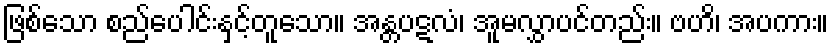
ဖြစ်သော စည်ပေါင်းနှင့်တူသော။ အန္တပဋလံ၊ အူမလွှာပင်တည်း။ ဗဟိ၊ အပကား။